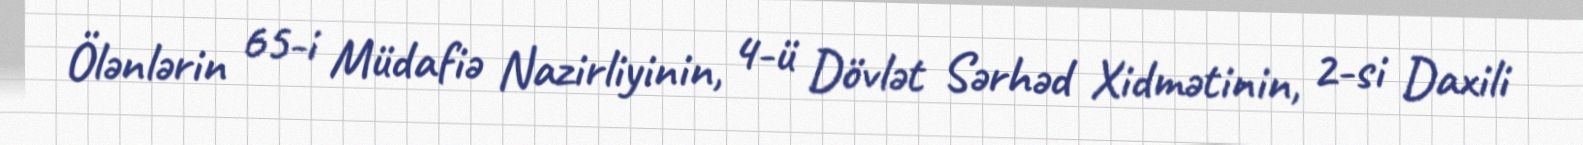
Ölənlərin 65-i Müdafiə Nazirliyinin, 4-ü Dövlət Sərhəd Xidmətinin, 2-si Daxili